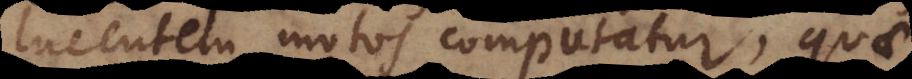
lucentem motos computatur, quae